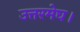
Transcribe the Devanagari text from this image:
उत्तरमेघ।